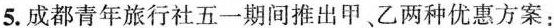
5.成都青年旅行社五一期间推出甲、乙两种优惠方案：